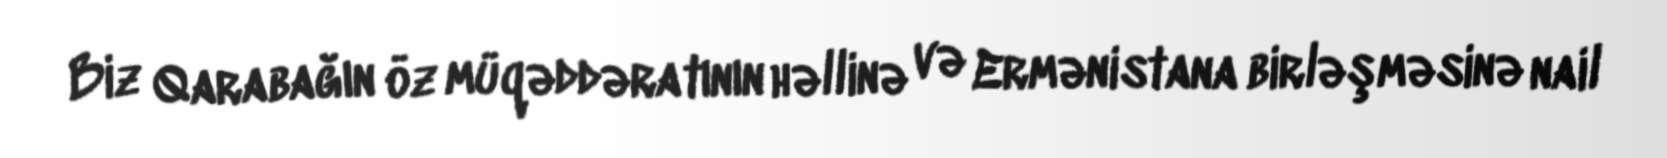
Biz Qarabağın öz müqəddəratının həllinə və Ermənistana birləşməsinə nail